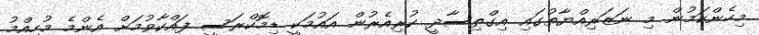
މިހެންކަމުން މި ނަޒަރިއްޔާތުގައި އިގްތިސާދީ ކުރިއެރުން އައުމަކީ ޑިމޮކްރަސީ ފައްކާވުމަށް އެންމެ މުހިއްމު